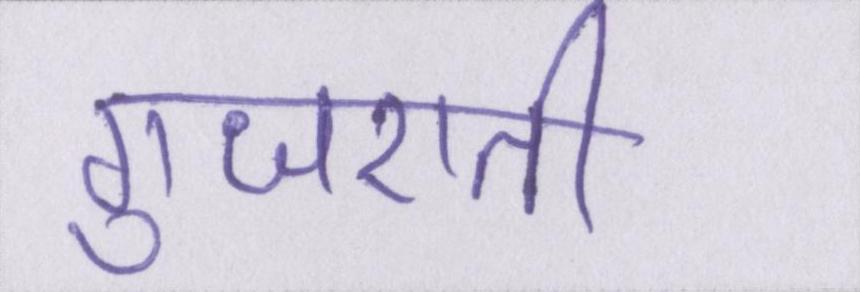
गुजराती